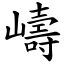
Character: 嶹